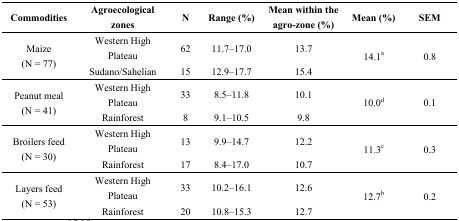
<table><thead><tr><td><b>Commodities</b></td><td><b>Agroecological zones</b></td><td><b>N</b></td><td><b>Range (%)</b></td><td><b>Mean within the agro-zone (%)</b></td><td><b>Mean (%)</b></td><td><b>SEM</b></td></tr></thead><tbody><tr><td rowspan="2">Maize (N = 77)</td><td>Western High Plateau</td><td>62</td><td>11.7–17.0</td><td>13.7</td><td rowspan="2">14.1<sup>a</sup></td><td rowspan="2">0.8</td></tr><tr><td>Sudano/Sahelian</td><td>15</td><td>12.9–17.7</td><td>15.4</td></tr><tr><td rowspan="2">Peanut meal (N = 41)</td><td>Western High Plateau</td><td>33</td><td>8.5–11.8</td><td>10.1</td><td rowspan="2">10.0<sup>d</sup></td><td rowspan="2">0.1</td></tr><tr><td>Rainforest</td><td>8</td><td>9.1–10.5</td><td>9.8</td></tr><tr><td rowspan="2">Broilers feed (N = 30)</td><td>Western High Plateau</td><td>13</td><td>9.9–14.7</td><td>12.2</td><td rowspan="2">11.3<sup>c</sup></td><td rowspan="2">0.3</td></tr><tr><td>Rainforest</td><td>17</td><td>8.4–17.0</td><td>10.7</td></tr><tr><td rowspan="2">Layers feed (N = 53)</td><td>Western High Plateau</td><td>33</td><td>10.2–16.1</td><td>12.6</td><td rowspan="2">12.7<sup>b</sup></td><td rowspan="2">0.2</td></tr><tr><td>Rainforest</td><td>20</td><td>10.8–15.3</td><td>12.7</td></tr></tbody></table>